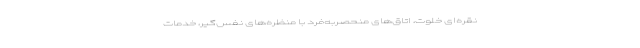
نقره‌ایِ خلوت، اتاق‌های منحصر‌به‌فرد با منظره‌های نفس‌گیر، خدماتِ